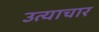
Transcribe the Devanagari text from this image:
उत्याचार